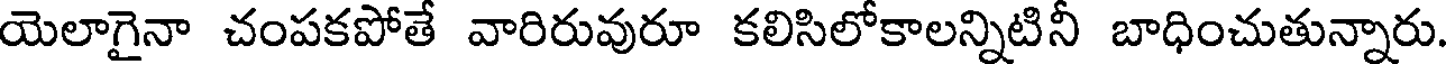
యెలాగైనా చంపకపోతే వారిరువురూ కలిసిలోకాలన్నిటినీ బాధించుతున్నారు